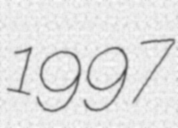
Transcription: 1997